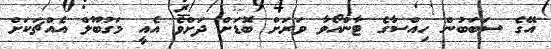
އޭގެ ސަބަބުން ހިއްސާގެ ޓާންއޯވާ ވަރަށް ބޮޑަށް ދަށްވެ އެއީ މަގުބޫލް އެއްޗަކަށް